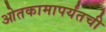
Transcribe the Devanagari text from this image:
ओतकामापर्यंतची